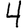
Digit: 4